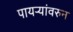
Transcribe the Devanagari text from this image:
पायऱ्यांवरुन